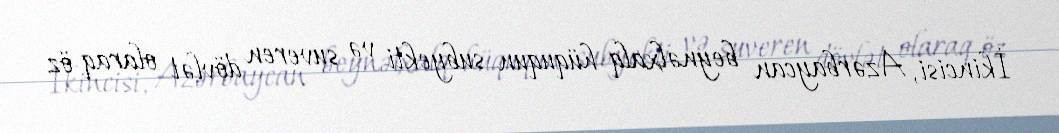
İkincisi, Azərbaycan beynəlxalq hüququn subyekti və suveren dövlət olaraq öz